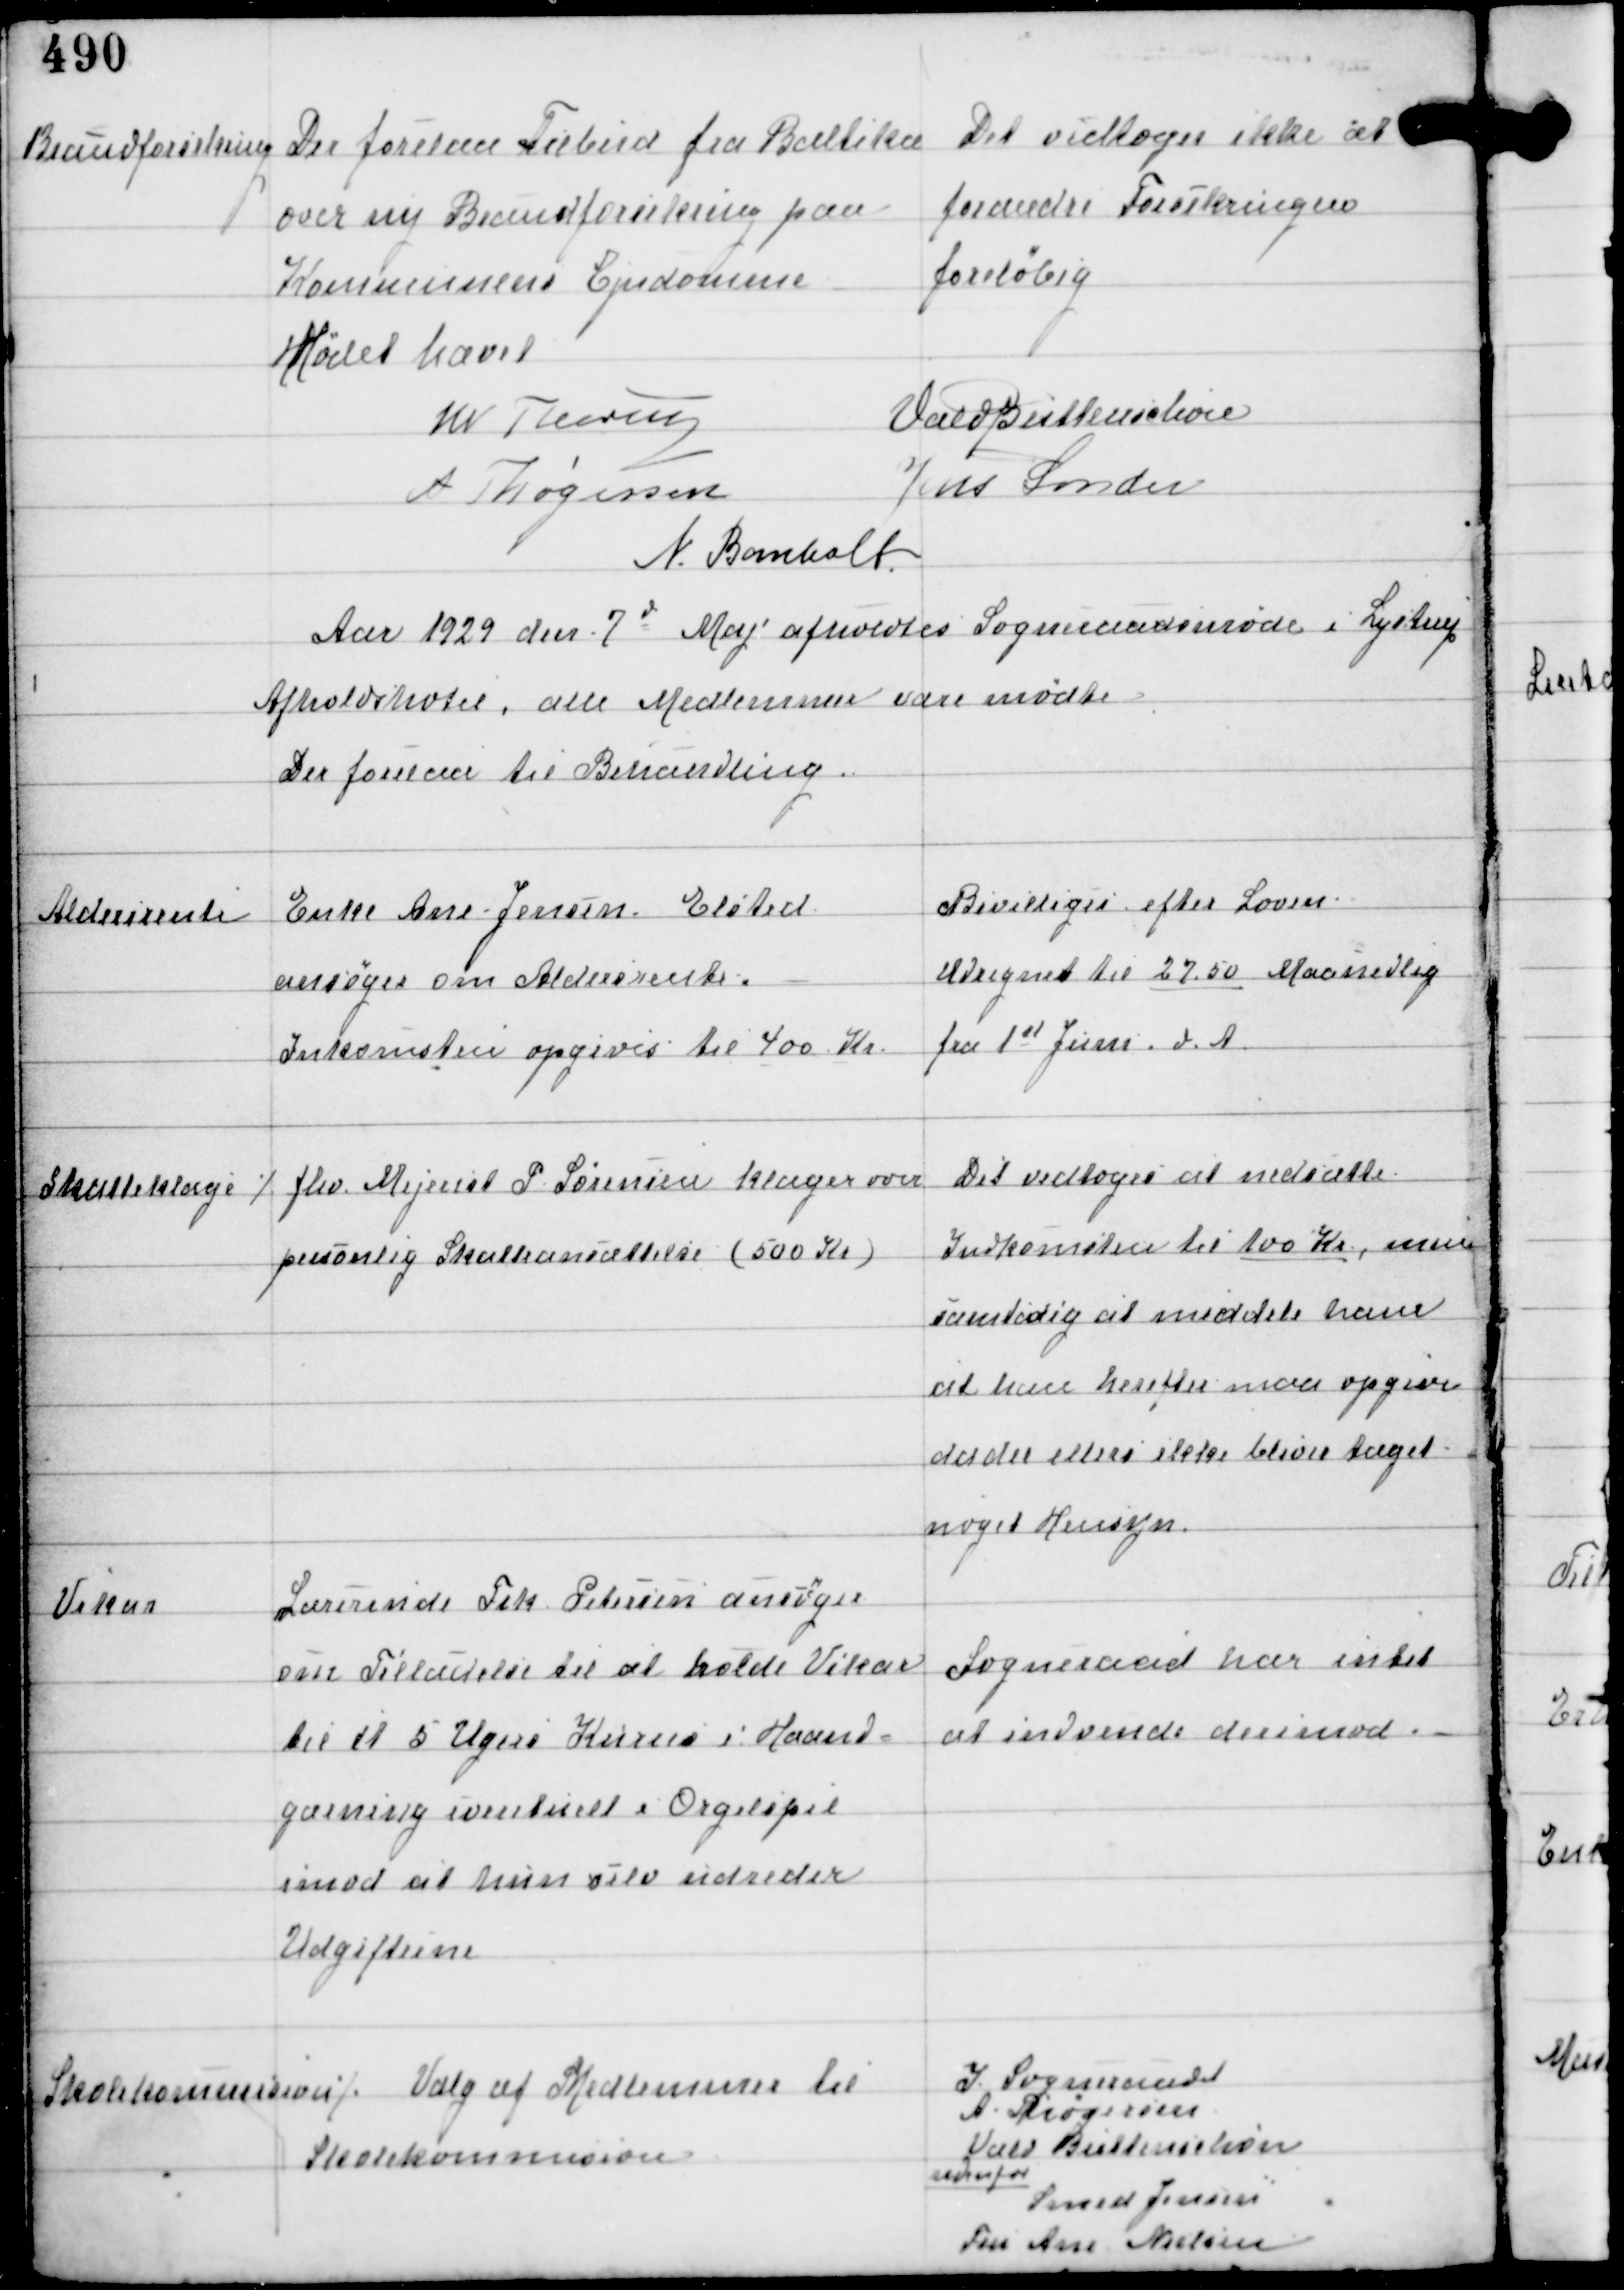
Transskription:
Brandforsikring

Der forelaa Tilbud fra Baltika
over ny Brandforsikring paa
Kommunens Ejendomme

Det vedtoges ikke at
forandre Forsikringen
foreløbig

Mødet hævet
W Thorup
Vald Buttenschøn
A Thøgersen
Jens Sønder
N. Bomholt

Aar 1929 den 7d Maj afholdtes Sogneraadsmøde i Lystrup
Afholdshotel, alle Medlemmer vare mødte
Der forelaa til Behandling.

Aldersrente

Enke Ane Jensen, Elsted
ansøger om Aldersrente.
Inkomsten opgives til 400 Kr

Bevilliges efter Loven.
Udregnet til 27,50 Maanedlig
fra 1st Juni d.A

Skatteklage

⁒ fhv Mejerist P Sørensen klager over
personlig Skatteansættelse (500 Kr)

Det vedtoges at nedsætte
Indkomsten til 100 Kr, men
samtidig at meddele ham
at han herefter maa opgive
da der ellers ikke bliver taget
noget Hensyn.

Vikar

Lærerinde Frk Petersen ansøger
om Tilladelse til at holde Vikar
til et 5 Ugers Kursus i Haand-
gærning eventuelt i Orgelspil
imod at hun selv udreder
Udgifterne

Sogneraadet har intet
at indvende derimod.

Skolekommision ⁒

Valg af Medlemmer til
Skolekommision

I Sogneraadet
A Thøgersen
Vald Buttenschøn
udenfor
Smed Jensen
Fru Ane Nielsen